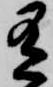
有